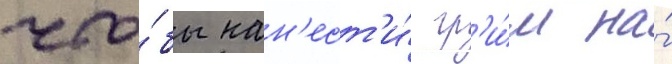
что́бы нан'ест'и́ гр'и́м на́